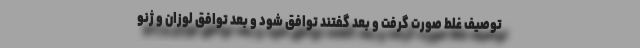
توصیف غلط صورت گرفت و بعد گفتند توافق شود و بعد توافق لوزان و ژنو